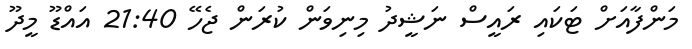
މަންފާއަށް ޓަކައި ރައީސް ނަޝީދު މިނިވަން ކުރަން ޖެހޭ 21:40 އައްޑޫ މީދޫ